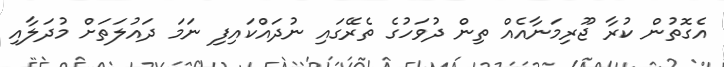
އެގޮތުން ކުރާ ޖޫރިމަނާއެއް ތިން ދުވަހުގެ ތެރޭގައި ނުދައްކައިފި ނަމަ ދައުލަތަށް މުދަލާއި